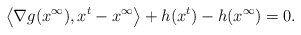
\begin{align*}\left\langle\nabla g({x}^\infty), x^t-{x}^\infty\right\rangle+h(x^t)-h({x}^\infty)=0. \end{align*}